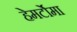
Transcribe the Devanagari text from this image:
हेमर्टोमा